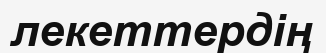
лекеттердің